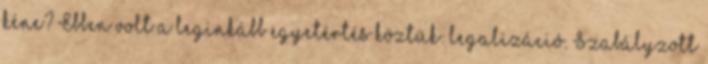
kéne? Ebben volt a leginkább egyetértés köztük: legalizáció. Szabályzott